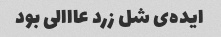
ایده‌ی شل زرد عااالی بود